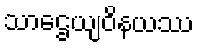
သာဌေယျဝိနယဿ